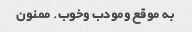
به موقع ومودب وخوب. ممنون